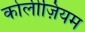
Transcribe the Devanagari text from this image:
कोलीज़ियम